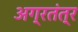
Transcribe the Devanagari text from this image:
अग्रतंत्र